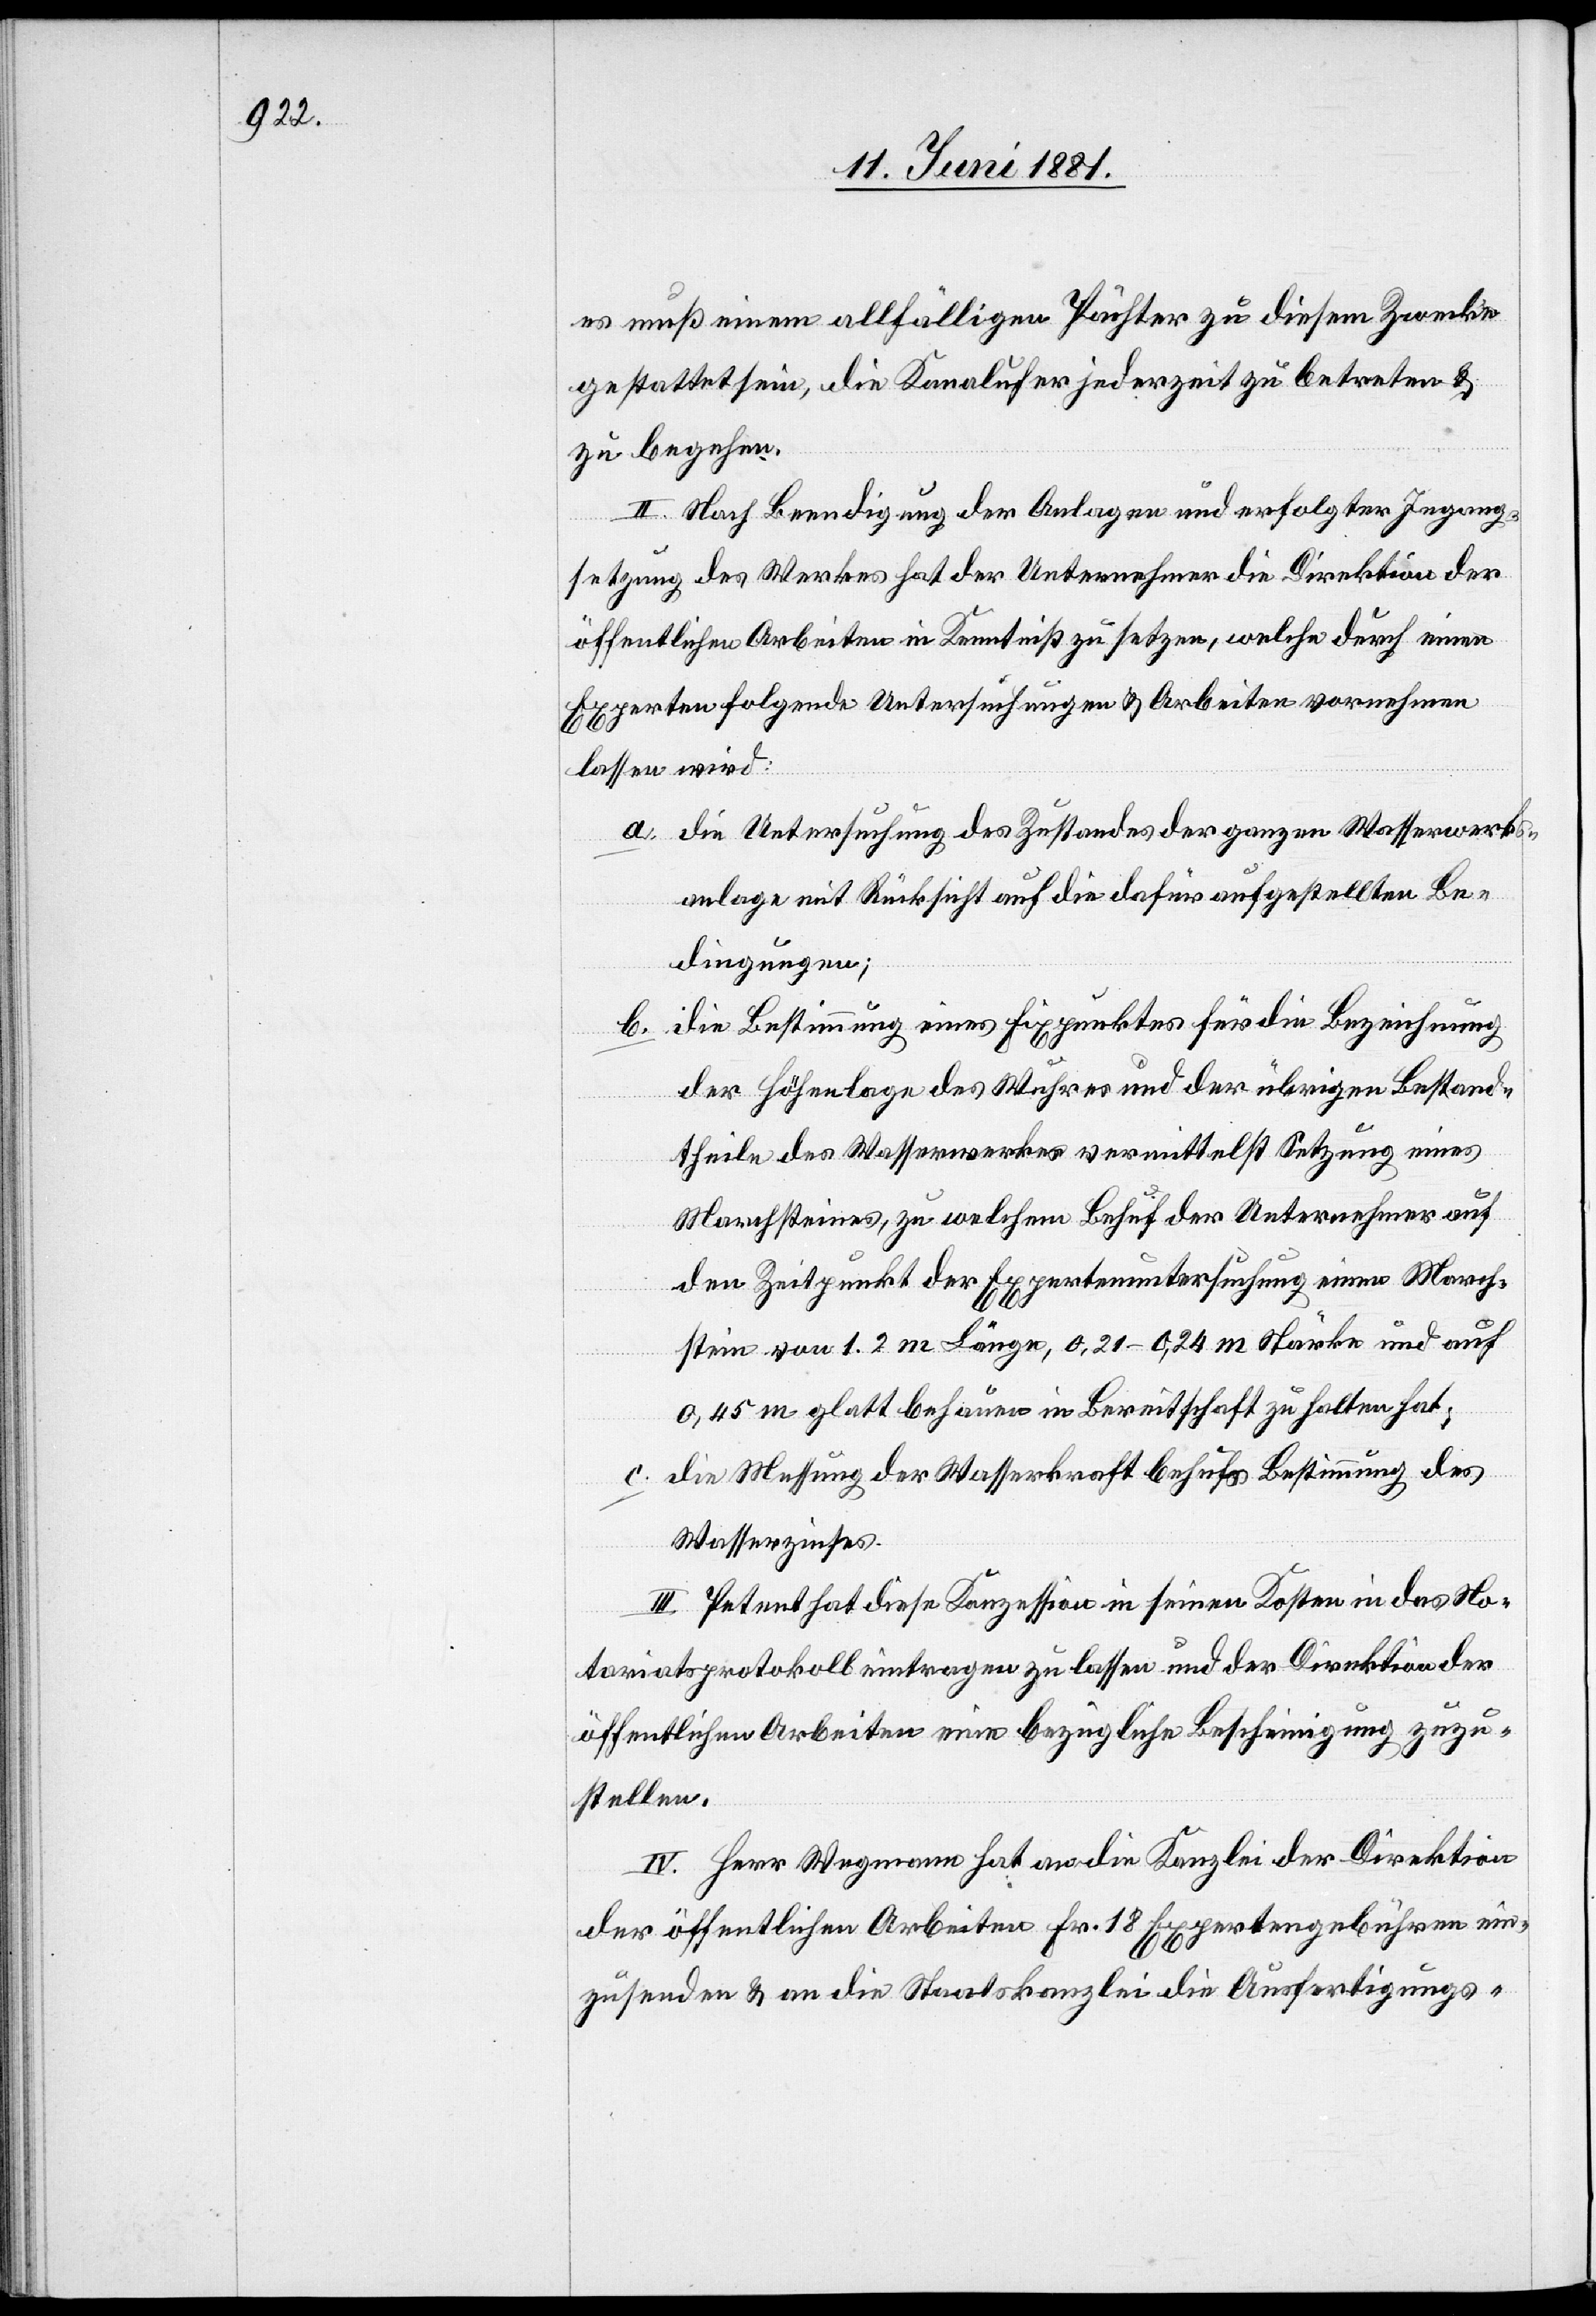
es muß einem allfälligen Pächter zu diesem Zwecke
gestattet sein, die Kanalufer jederzeit zu betreten &
zu begehren.
II. Nach Beeindigung der Anlagen und erfolgter Ingang¬
setzung des Werkes hat der Unternehmer die Direktion der
öffentlichen Arbeiten in Kenntniß zu setzten, welche durch einen
Experten folgende Untersuchungen & Arbeiten vornehmen
lassen wird:
a. die Untersuchung des Zustandes der ganzen Wasserwerks¬
anlage mit Rücksicht auf die dafür aufgestellten Be¬
dindungen;
die Bestimmung eines Fixpunktes für die Bezeichnung
b.
der Höhenlage des Wuhres und der übrigen Bestand¬
theile des Wasserwerkes vermittelst Setzung eines
Marchsteines, zu welchem Behuf der Unternehmer auf
den Zeitpunkt der Expertenunersuchung einen March¬
stein von 1.2 m Länge, 0,21–0,24 m Stärke und auf
0, 45 m glatt behauen in Bereitschaft zu halten hat;
die Messung der Wasserkraft behufs Bestimmung des
c.
Wasserzinses.
III. Petent hat diese Konzession in seinen Kosten in das No¬
tariatsprotokoll eintragen zu lassen und der Direktion der
öffentlichen Arbeiten eine bezügliche Bescheinigung zuzu¬
stellen.
IV. Herr Wegmann hat an die Kanzlei der Direktion
der öffentlichen Arbeiten Fr. 18 Expertengebühren ein¬
zusenden & an die Staatskanzlei die Ausfertigungs-